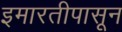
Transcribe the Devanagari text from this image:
इमारतीपासून